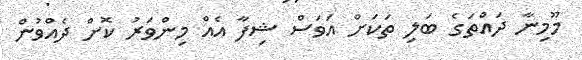
މޫމިނާ ދައްތަގެ ބަލި ތަކަށް އަވަސް ޝިފާ އެއް މިންވަރު ކޮށް ދެއްވުން